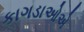
કાગડાઓએ